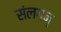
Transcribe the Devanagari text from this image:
संलगन्